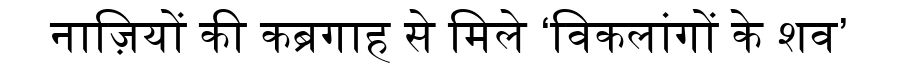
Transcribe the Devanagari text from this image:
नाज़ियों की कब्रगाह से मिले ‘विकलांगों के शव’